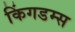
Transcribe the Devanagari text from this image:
किंगडम्स